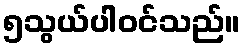
၅သွယ်ပါဝင်သည်။